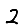
Digit: 2